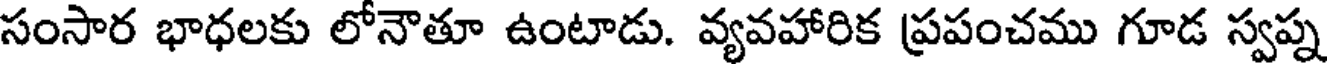
సంసార భాధలకు లోనౌతూ ఉంటాడు. వ్యవహారిక ప్రపంచము గూడ స్వప్న